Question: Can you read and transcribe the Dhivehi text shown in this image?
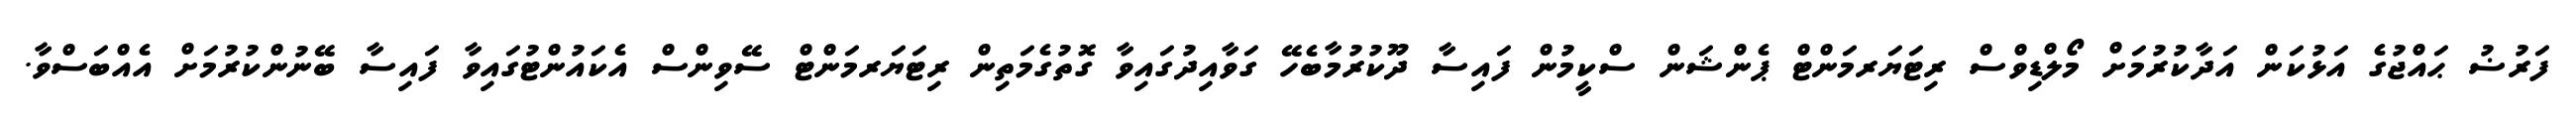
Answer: ފަރުޟު ޙައްޖުގެ އަޅުކަން އަދާކުރުމަށް މޯލްޑިވްސް ރިޓަޔަރމަންޓް ޕެންޝަން ސްކީމުން ފައިސާ ދޫކުރުމާބެހޭ ގަވާއިދުގައިވާ ގޮތުގެމަތިން ރިޓަޔަރމަންޓް ސޭވިންސް އެކައުންޓުގައިވާ ފައިސާ ބޭނުންކުރުމަށް އެއްބަސްވާ.